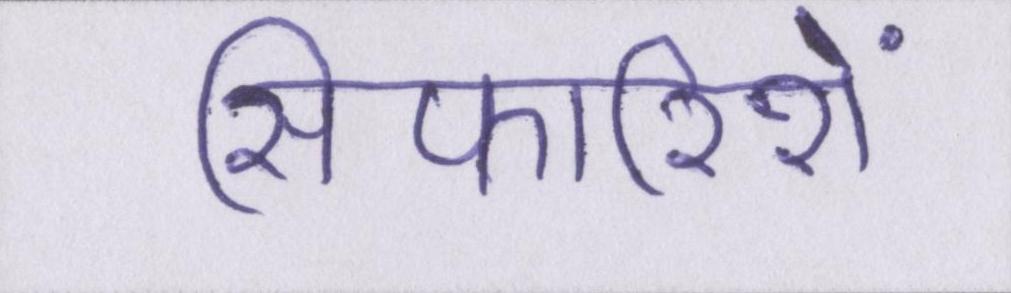
सिफारिशें